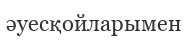
әуесқойларымен